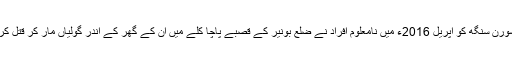
سردار سورن سنگھ کو اپریل 2016ء میں نامعلوم افراد نے ضلع بونیر کے قصبے پاچا کلے میں ان کے گھر کے اندر گولیاں مار کر قتل کر دیا تھا۔